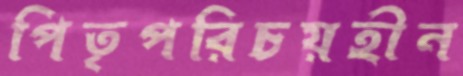
পিতৃপরিচয়হীন